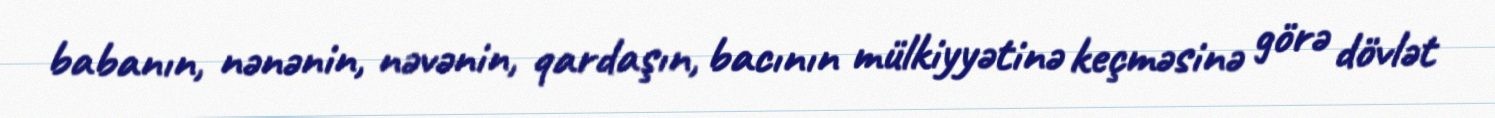
babanın, nənənin, nəvənin, qardaşın, bacının mülkiyyətinə keçməsinə görə dövlət